Vaccination Hyderabad 1872-1889 - 1872-1889
Year: 1872
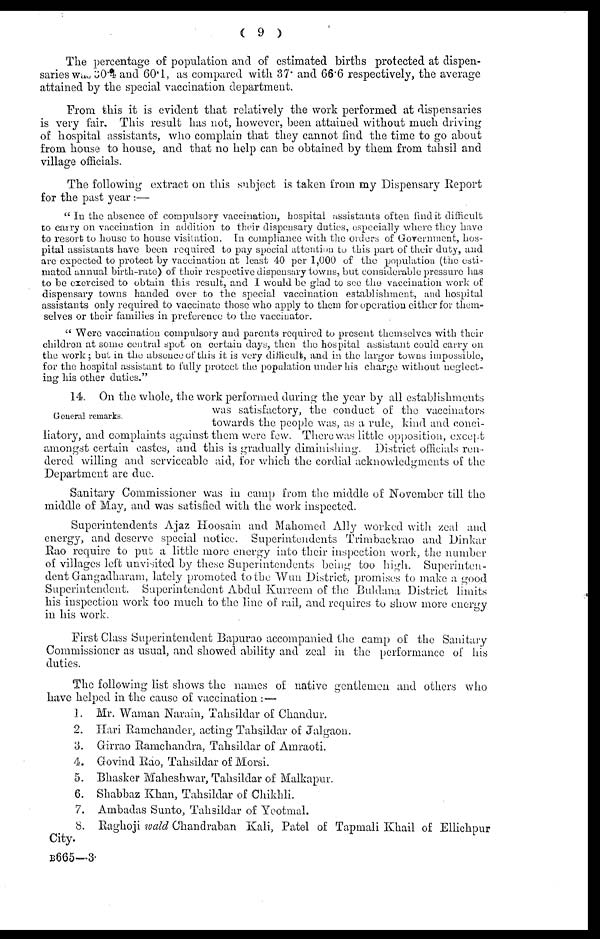
( 9 )
The percentage of population and of estimated births protected at dispen-
saries was 30.4 and 60.1, as compared with 37. and 66.6 respectively, the average
attained by the special vaccination department.
From this it is evident that relatively the work performed at dispensaries
is very fair. This result has not, however, been attained without much driving
of hospital assistants, who complain that they cannot find the time to go about
from house to house, and that no help can be obtained by them from tahsil and
village officials.
The following extract on this subject is taken from my Dispensary Report
for the past year :—
" In the absence of compulsory vaccination, hospital assistants often find it difficult
to carry on vaccination in addition to their dispensary duties, especially where they have
to resort to house to house visitation. In compliance with the orders of Government, hos-
pital assistants have been required to pay special attention to this part of their duty, and
are expected to protect by vaccination at least 40 per 1,000 of the population (the esti-
mated annual birth-rate) of their respective dispensary towns, but considerable pressure has
to be exercised to obtain this result, and I would be glad to see the vaccination work of
dispensary towns handed over to the special vaccination establishment, and hospital
assistants only required to vaccinate those who apply to them for operation either for them-
selves or their families in preference to the vaccinator.
" Were vaccination compulsory and parents required to present themselves with their
children at some central spot on certain days, then the hospital assistant could carry on
the work; but in the absence of this it is very difficult, and in the larger towns impossible,
for the hospital assistant to fully protect the population under his charge without neglect-
ing his other duties."
General remarks.
14. On the whole, the work performed during the year by all establishments
was satisfactory, the conduct of the vaccinators
towards the people was, as a rule, kind and conci-
liatory, and complaints against them were few. There was little opposition, except
amongst certain castes, and this is gradually diminishing. District officials ren-
dered willing and serviceable aid, for which the cordial acknowledgments of the
Department are due.
Sanitary Commissioner was in camp from the middle of November till the
middle of May, and was satisfied with the work inspected.
Superintendents Ajaz Hoosain and Mahomed Ally worked with zeal and
energy, and deserve special notice. Superintendents Trimbackrao and Dinkar
Rao require to put a little more energy into their inspection work, the number
of villages left unvisited by these Superintendents being too high. Superinten-
dent Gangadharam, lately promoted to the Wun District, promises to make a good
Superintendent. Superintendent Abdul Kurreem of the Buldana District limits
his inspection work too much to the line of rail, and requires to show more energy
in his work.
First Class Superintendent Bapurao accompanied the camp of the Sanitary
Commissioner as usual, and showed ability and zeal in the performance of his
duties.
The following list shows the names of native gentlemen and others who
have helped in the cause of vaccination :—
1.
2.
3.
4.
5.
6.
7.
8.
Mr. Waman Narain, Tahsildar of Chandur.
Hari Ramchander, acting Tahsildar of Jalgaon.
Girrao Ramchandra, Tahsildar of Amraoti.
Govind Rao, Tahsildar of Morsi.
Bhasker Maheshwar, Tahsildar of Malkapur.
Shabbaz Khan, Tahsildar of Chikhli.
Ambadas Sunto, Tahsildar of Yeotmal.
Raghoji wald Chandraban Kali, Patel of Tapmali Khail of Ellichpur
City.
B665—3.